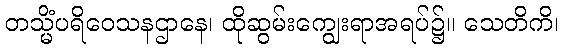
တသ္မိံပရိဝေသနဌာနေ၊ ထိုဆွမ်းကျွေးရာအရပ်၌။ သေတိကိ၊